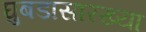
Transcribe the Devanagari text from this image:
घुबडासारख्या